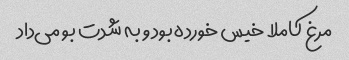
مرغ کاملا خیس خورده بود و به شدت بو می‌داد